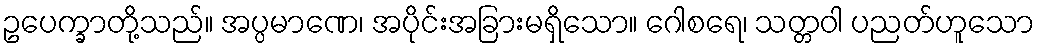
ဥပေက္ခာတို့သည်။ အပ္ပမာဏေ၊ အပိုင်းအခြားမရှိသော။ ဂေါစရေ၊ သတ္တဝါ ပညတ်ဟူသော